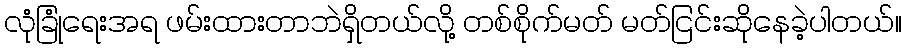
လုံခြုံရေးအရ ဖမ်းထားတာဘဲရှိတယ်လို့ တစ်စိုက်မတ် မတ်ငြင်းဆိုနေခဲ့ပါတယ်။